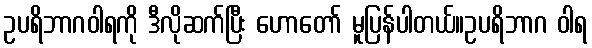
ဥပရိဘာဂဝါရကို ဒီလိုဆက်ပြီး ဟောတော် မူပြန်ပါတယ်။ဥပရိဘာဂ ဝါရ